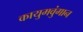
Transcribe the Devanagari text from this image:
कायुमवुंगान